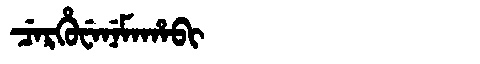
Manchu: ᠴᡝᡵᡥᡠᠸᡝᠨᡝᠮᠠᡥᠠᠪᡳ
Romanization: CERHUWENEMAHABI